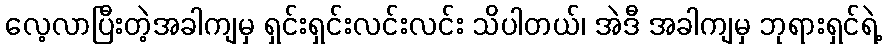
လေ့လာပြီးတဲ့အခါကျမှ ရှင်းရှင်းလင်းလင်း သိပါတယ်၊ အဲဒီ အခါကျမှ ဘုရားရှင်ရဲ့